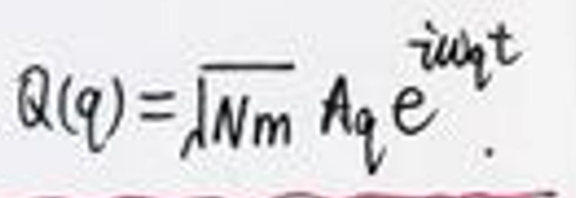
$Q(q)=\sqrt{Nm} A_q e^{i \omega_q t}.$